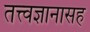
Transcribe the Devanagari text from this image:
तत्त्वज्ञानासह